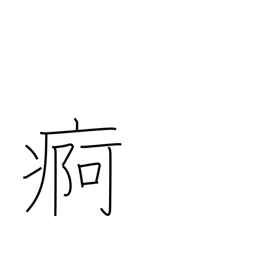
Meaning: chronic illness